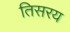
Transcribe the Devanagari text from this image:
तिसरय